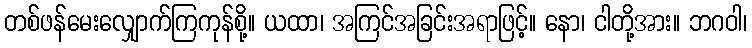
တစ်ဖန်မေးလျှောက်ကြကုန်စို့။ ယထာ၊ အကြင်အခြင်းအရာဖြင့်။ နော၊ ငါတို့အား။ ဘဂဝါ၊